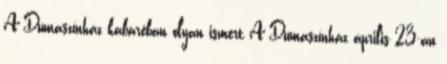
A Dumaszínház kabaréban olyan ismert A Dumaszínház április 23-án